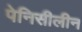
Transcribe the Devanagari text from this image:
पेनिसीलीन